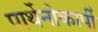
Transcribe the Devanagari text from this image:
पार्थेनोकार्पी